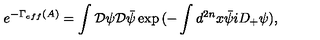
e ^ { - \Gamma _ { e f f } ( A ) } = \int { \cal D } \psi { \cal D } \bar { \psi } \exp { ( - \int d ^ { 2 n } x \bar { \psi } i D _ { + } \psi ) } ,